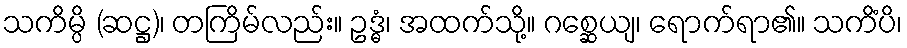
သကိမ္ပိ (ဆဋ္ဌ)၊ တကြိမ်လည်း။ ဥဒ္ဓံ၊ အထက်သို့။ ဂစ္ဆေယျ၊ ရောက်ရာ၏။ သကိံပိ၊